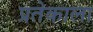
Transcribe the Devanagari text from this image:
प्रतेकाला